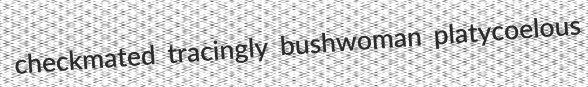
checkmated tracingly bushwoman platycoelous